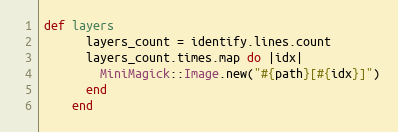
Language: Ruby
def layers
      layers_count = identify.lines.count
      layers_count.times.map do |idx|
        MiniMagick::Image.new("#{path}[#{idx}]")
      end
    end